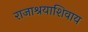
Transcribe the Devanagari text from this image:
राजाश्रयाशिवाय